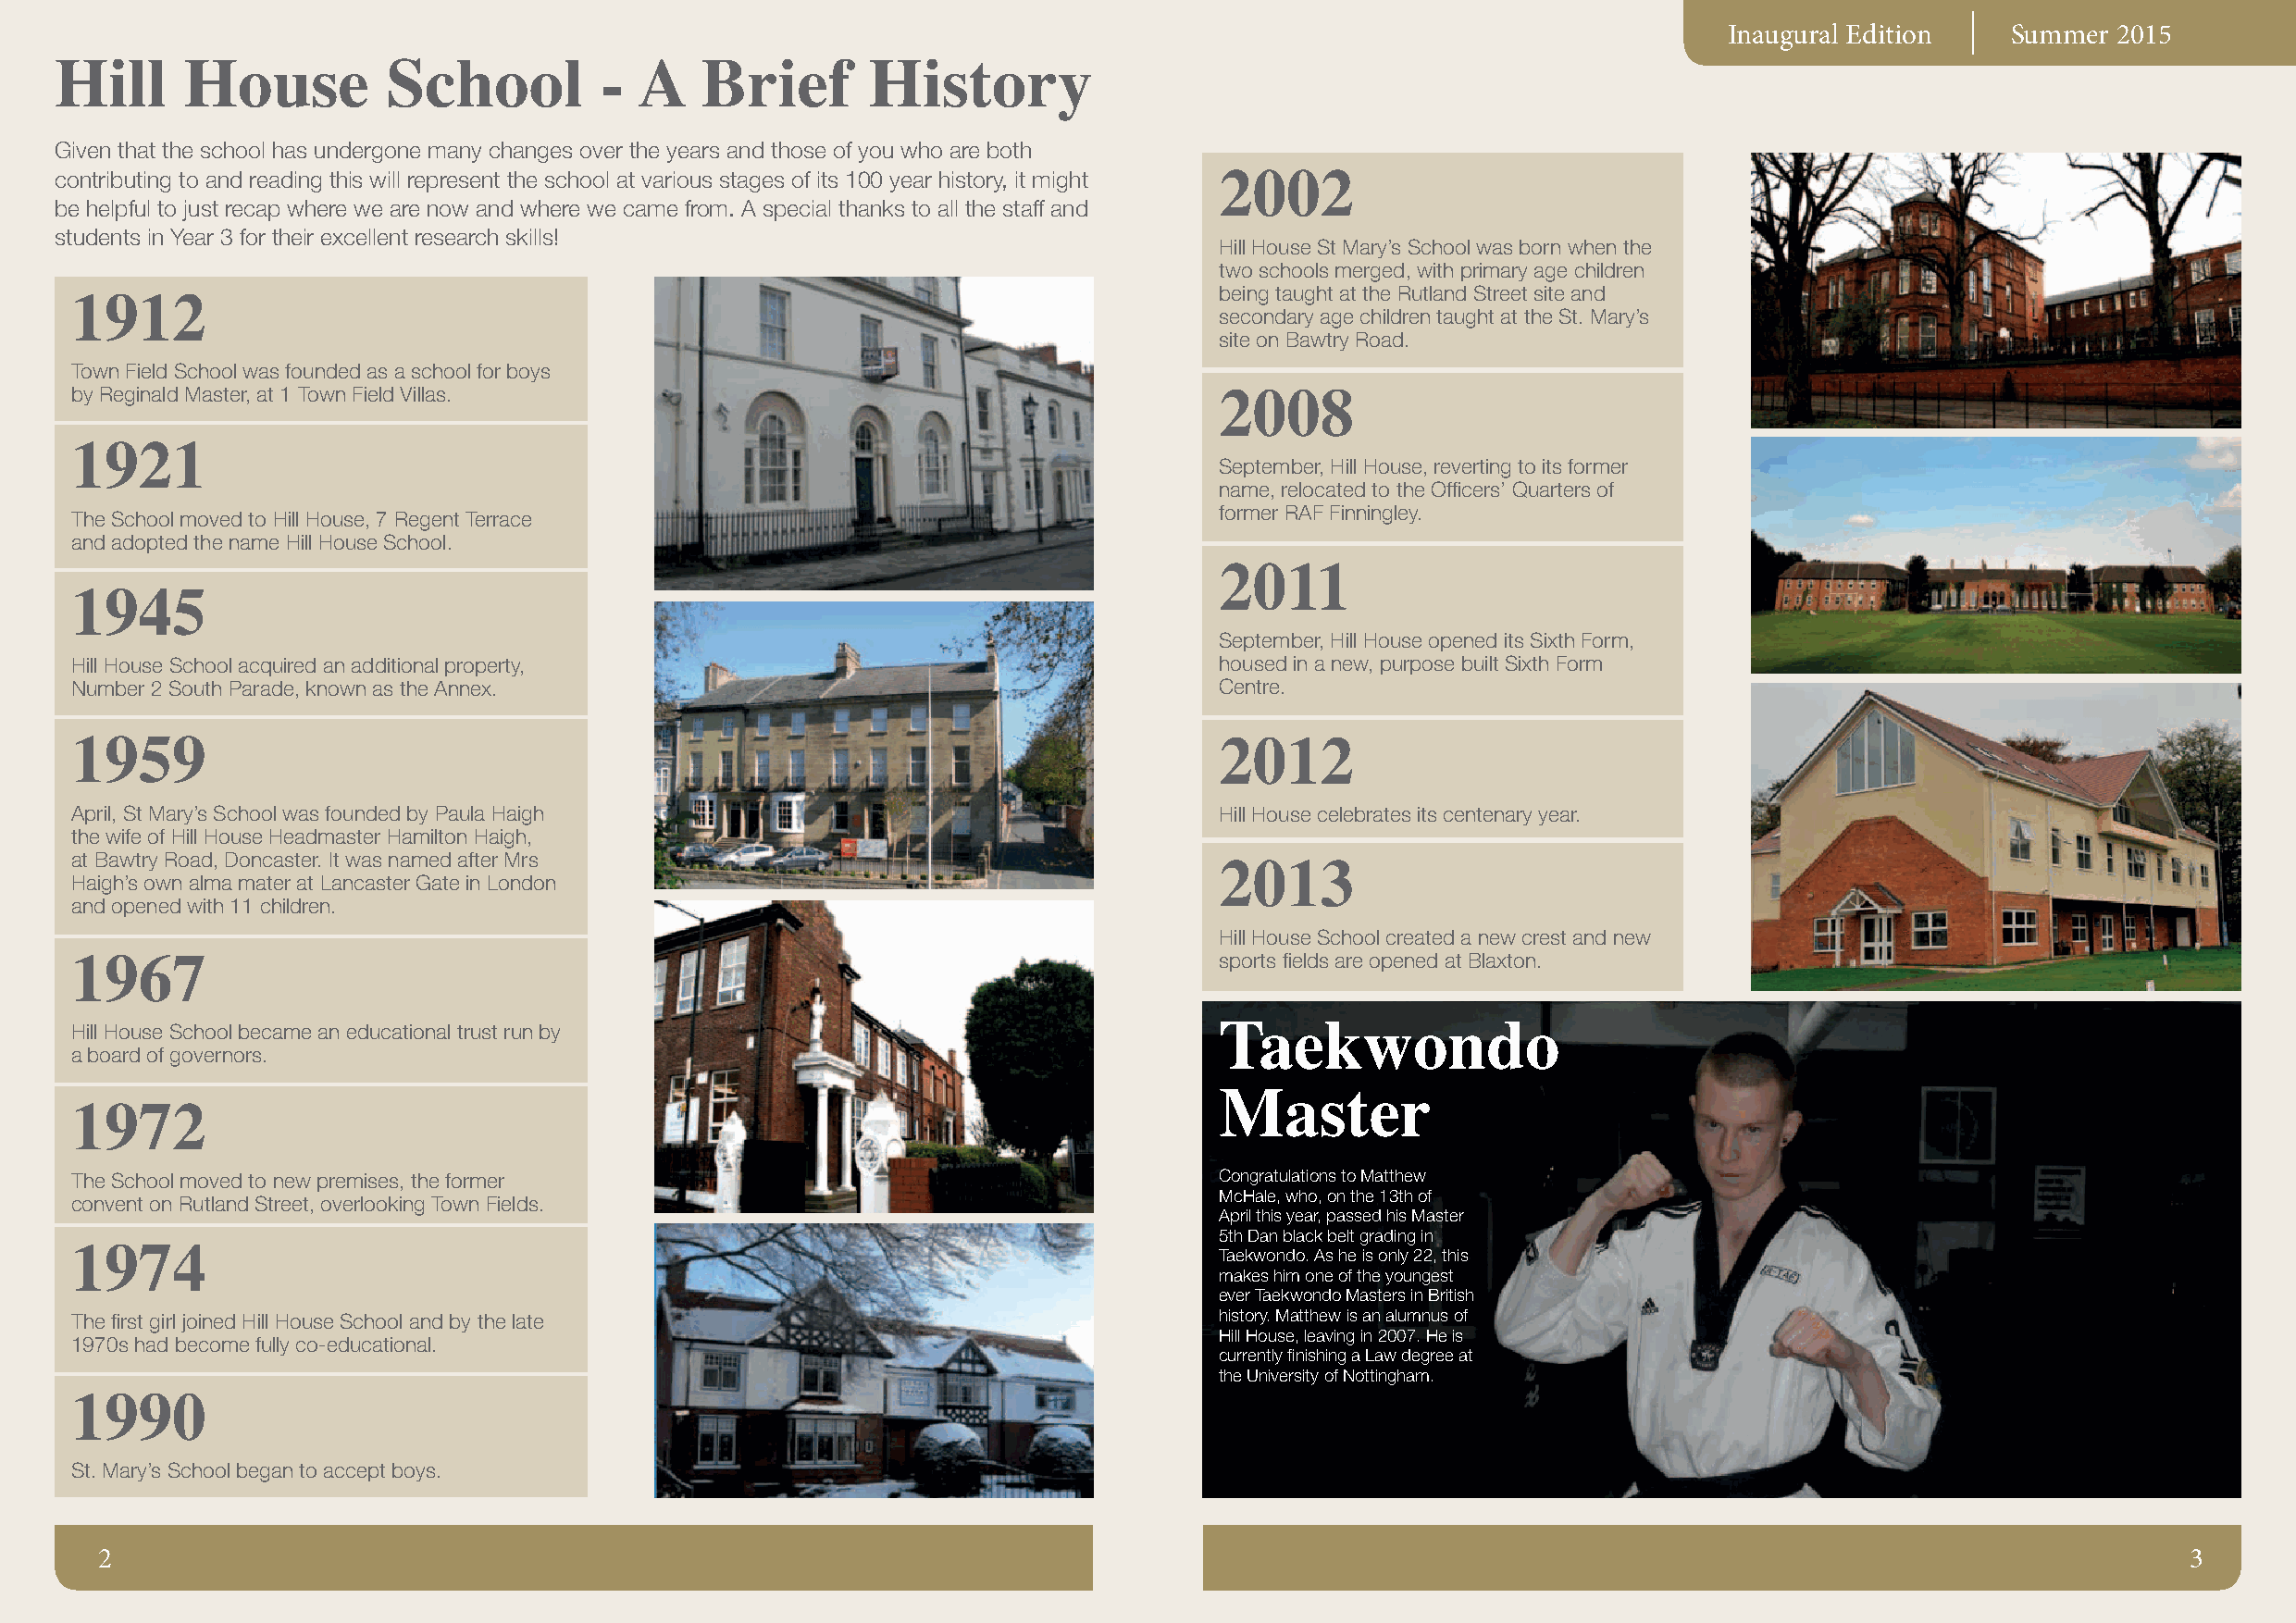
Inaugural Edition   Summer 2015
 Hill     House          School         -  A   Brief       History
 Given that the school has undergone many changes over the years and those of you who are both
 contributing to and reading this will represent the school at various stages of its 100 year history, it might
 2002
 be helpful to just recap where we are now and where we came from. A special thanks to all the staff and
 students in Year 3 for their excellent research skills!
 Hill House St Mary’s School was born when the
 two schools merged, with primary age children
 being taught at the Rutland Street site and
 1912
 secondary age children taught at the St. Mary’s
 site on Bawtry Road.
 Town Field School was founded as a school for boys
 by Reginald Master, at 1 Town Field Villas.
 2008
 1921
 September, Hill House, reverting to its former
 name, relocated to the Offi cers’ Quarters of
 former RAF Finningley.
 The School moved to Hill House, 7 Regent Terrace
 and adopted the name Hill House School.
 2011
 1945
 September, Hill House opened its Sixth Form,
 Hill House School acquired an additional property,                                housed in a new, purpose built Sixth Form
 Number 2 South Parade, known as the Annex.                                        Centre.
 1959                                                                              2012
 April, St Mary’s School was founded by Paula Haigh                                Hill House celebrates its centenary year.
 the wife of Hill House Headmaster Hamilton Haigh,
 at Bawtry Road, Doncaster. It was named after Mrs
 2013
 Haigh’s own alma mater at Lancaster Gate in London
 and opened with 11 children.
 Hill House School created a new crest and new
 sports fi elds are opened at Blaxton.
 1967
 Hill House School became an educational trust run by                              Taekwondo
 a board of governors.
 Master
 1972
 The School moved to new premises, the former                                      Congratulations to Matthew
 McHale, who, on the 13th of
 convent on Rutland Street, overlooking Town Fields.
 April this year, passed his Master
 5th Dan black belt grading in
 1974                                                                              Taekwondo. As he is only 22, this
 makes him one of the youngest
 ever Taekwondo Masters in British
 The fi rst girl joined Hill House School and by the late                          history. Matthew is an alumnus of
 Hill House, leaving in 2007. He is
 1970s had become fully co-educational.
 currently fi nishing a Law degree at
 the University of Nottingham.
 1990
 St. Mary’s School began to accept boys.
 2                                                                                                                                                     3